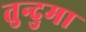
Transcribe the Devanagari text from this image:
तुन्दुमा